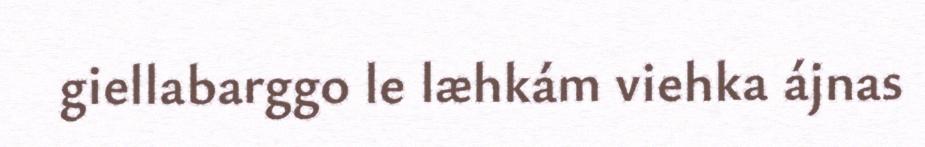
giellabarggo le læhkám viehka ájnas